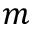
m